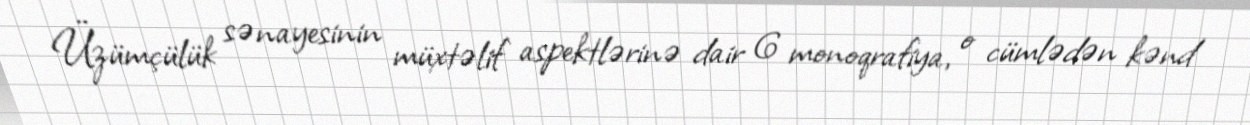
Üzümçülük sənayesinin müxtəlif aspektlərinə dair 6 monoqrafiya, o cümlədən kənd